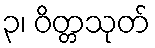
၃၊ ဝိတ္တသုတ်